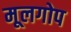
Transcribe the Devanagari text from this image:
मूलगोप